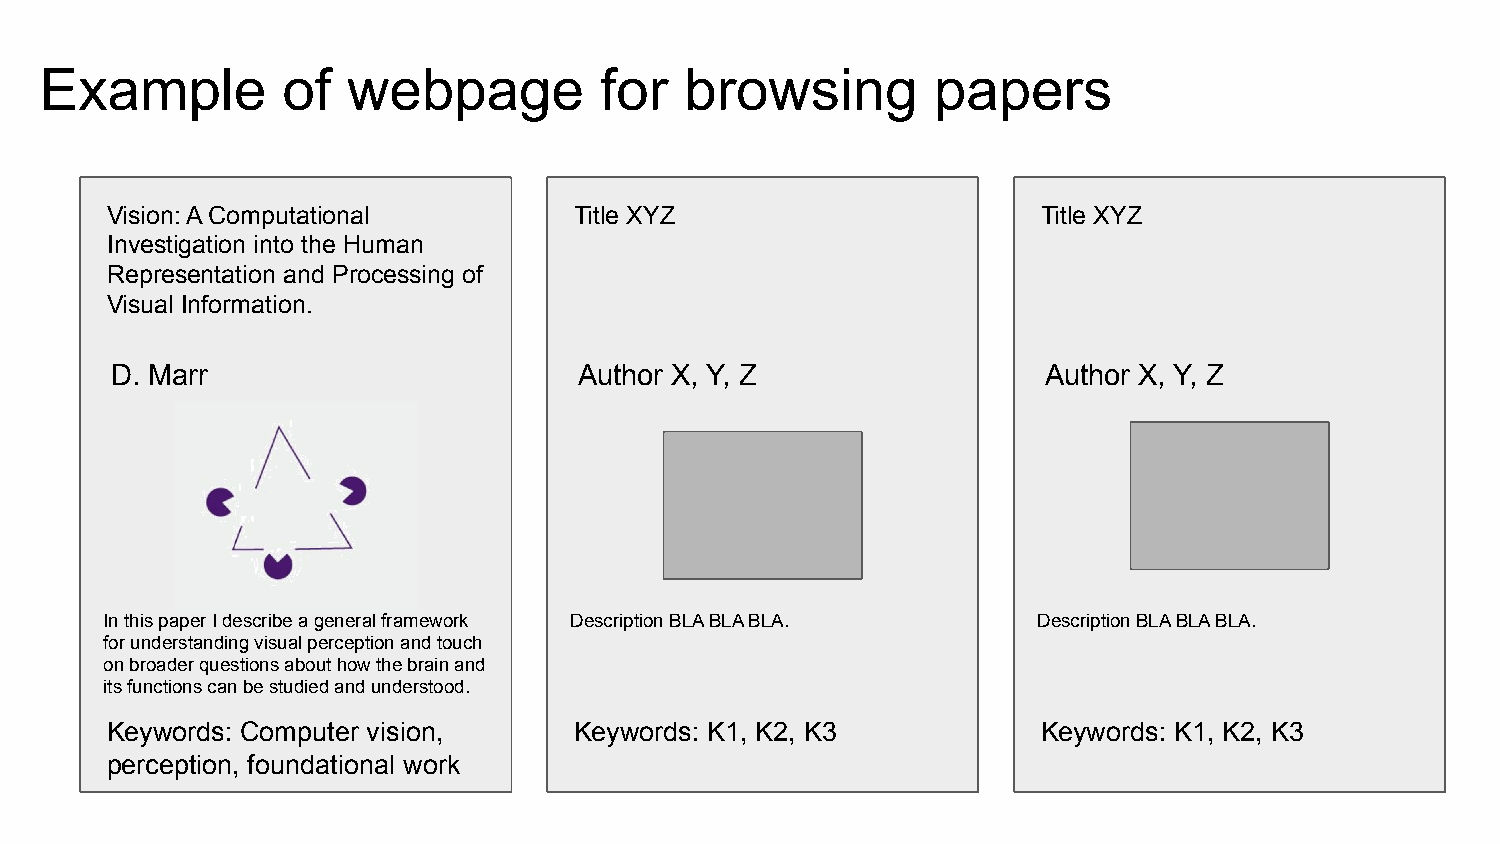
Example         of  webpage          for  browsing         papers
 Vision: A Computational        Title XYZ                      Title XYZ
 Investigation into the Human
 Representation and Processing of
 Visual Information.
 D. Marr                        Author X, Y, Z                 Author X, Y, Z
 In this paper I describe a general framework Description BLA BLA BLA. Description BLA BLA BLA.
 for understanding visual perception and touch
 on broader questions about how the brain and
 its functions can be studied and understood.
 Keywords: Computer vision,     Keywords: K1, K2, K3           Keywords: K1, K2, K3
 perception, foundational work